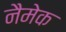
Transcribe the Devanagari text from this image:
नैमेक